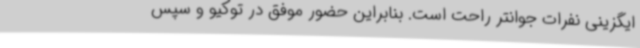
ایگزینی نفرات جوانتر راحت است. بنابراین حضور موفق در توکیو و سپس